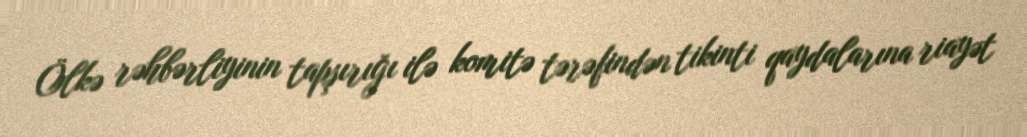
Ölkə rəhbərliyinin tapşırığı ilə komitə tərəfindən tikinti qaydalarına riayət